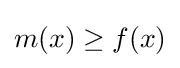
m(x)\geq f(x)